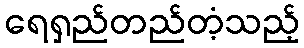
ရေရှည်တည်တံ့သည့်